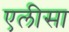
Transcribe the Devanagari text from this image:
एलीसा